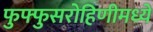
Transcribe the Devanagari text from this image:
फुफ्फुसरोहिणीमध्ये